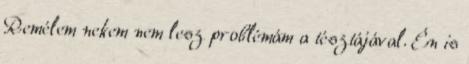
Remélem nekem nem lesz problémám a tésztájával. Én is